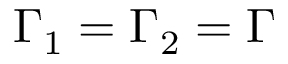
\Gamma _ { 1 } = \Gamma _ { 2 } = \Gamma